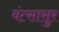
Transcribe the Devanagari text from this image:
वंत्सासुर